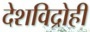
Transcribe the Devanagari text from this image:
देशविद्रोही